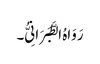
رَوَاہُ الطَّبَرَانِیُّ۔